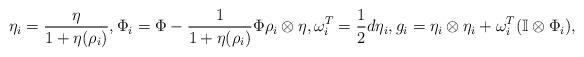
LaTeX: \begin{align*}\eta_i=\frac{\eta}{1+\eta(\rho_i)}, \Phi_i=\Phi-\frac{1}{1+\eta(\rho_i)}\Phi\rho_i\otimes \eta, \omega_i^T=\frac{1}{2}d\eta_i, g_i=\eta_i\otimes \eta_i+\omega_i^T(\mathbb{I}\otimes \Phi_i),\end{align*}